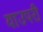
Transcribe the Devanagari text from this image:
याउपरी